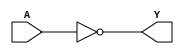
module aish_inverter(output Y, input A);
    not (Y, A);
endmodule